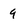
Character: 9